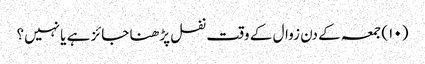
(۱۰) جمعہ کے دن زوال کے وقت نفل پڑھنا جائز ہے یا نہیں؟